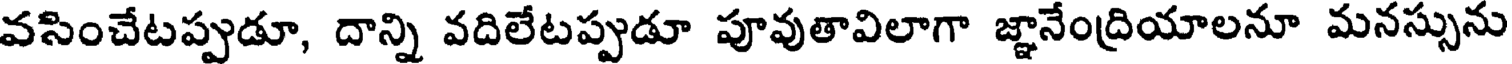
వసించేటప్పుడూ, దాన్ని వదిలేటప్పుడూ పూవుతావిలాగా జ్ఞానేంద్రియాలనూ మనస్సును